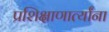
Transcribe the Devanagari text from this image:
प्रशिक्षाणार्त्यांना